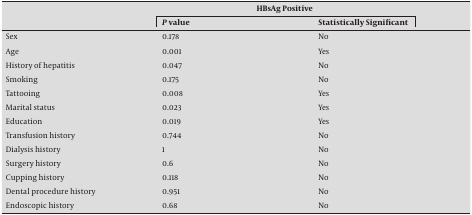
<table><thead><tr><td></td><td colspan="2"><b>HBsAg Positive</b></td></tr><tr><td></td><td><b>P value</b></td><td><b>Statistically Significant</b></td></tr></thead><tbody><tr><td>Sex</td><td>0.178</td><td>No</td></tr><tr><td>Age</td><td>0.001</td><td>Yes</td></tr><tr><td>History of hepatitis</td><td>0.047</td><td>No</td></tr><tr><td>Smoking</td><td>0.175</td><td>No</td></tr><tr><td>Tattooing</td><td>0.008</td><td>Yes</td></tr><tr><td>Marital status</td><td>0.023</td><td>Yes</td></tr><tr><td>Education</td><td>0.019</td><td>Yes</td></tr><tr><td>Transfusion history</td><td>0.744</td><td>No</td></tr><tr><td>Dialysis history</td><td>1</td><td>No</td></tr><tr><td>Surgery history</td><td>0.6</td><td>No</td></tr><tr><td>Cupping history</td><td>0.118</td><td>No</td></tr><tr><td>Dental procedure history</td><td>0.951</td><td>No</td></tr><tr><td>Endoscopic history</td><td>0.68</td><td>No</td></tr></tbody></table>